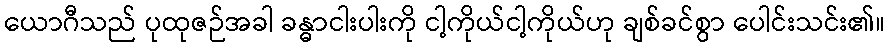
ယောဂီသည် ပုထုဇဉ်အခါ ခန္ဓာငါးပါးကို ငါ့ကိုယ်ငါ့ကိုယ်ဟု ချစ်ခင်စွာ ပေါင်းသင်း၏။